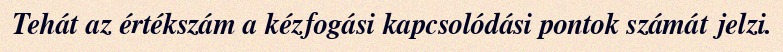
Tehát az értékszám a kézfogási kapcsolódási pontok számát jelzi.